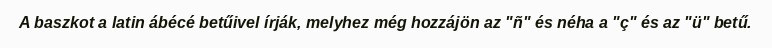
A baszkot a latin ábécé betűivel írják, melyhez még hozzájön az "ñ" és néha a "ç" és az "ü" betű.